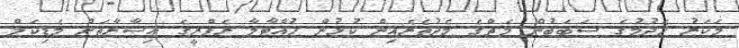
މަކަރު ހެދުމުގެ ސަބަބުން މެޗްގެ މެދުތެރެއިން ކުޅުން ހުއްޓާލާ ރެފްރީގެ އިޝާރާތަށް މެޑިކަލް